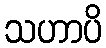
သဟာပိ